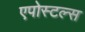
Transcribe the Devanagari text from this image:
एपोस्टल्स